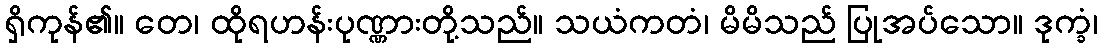
ရှိကုန်၏။ တေ၊ ထိုရဟန်းပုဏ္ဏားတို့သည်။ သယံကတံ၊ မိမိသည် ပြုအပ်သော။ ဒုက္ခံ၊